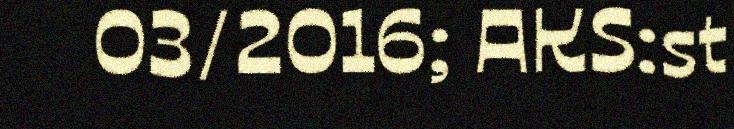
03/2016; AKS:st